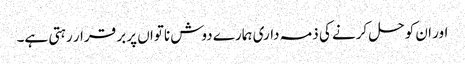
اور ان کو حل کرنے کی ذمہ داری ہمارے دوش ناتواں پر بر قرار رہتی ہے۔